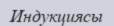
Индукциясы